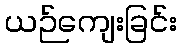
ယဉ်ကျေးခြင်း